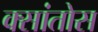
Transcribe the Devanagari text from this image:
क्सांतोस